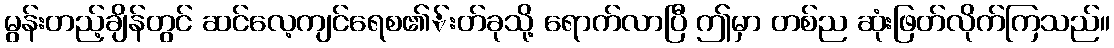
မွန်းတည့်ချိန်တွင် ဆင်လေ့ကျင်ရေစ၏်းတ်ခုသို့ ရောက်လာပြီ ဤမှာ တစ်ည ဆုံးဖြတ်လိုက်ကြသည်။